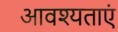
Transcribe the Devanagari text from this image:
आवश्यताएं